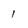
Character: 1